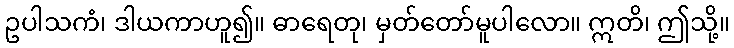
ဥပါသကံ၊ ဒါယကာဟူ၍။ ဓာရေတု၊ မှတ်တော်မူပါလော။ ဣတိ၊ ဤသို့။